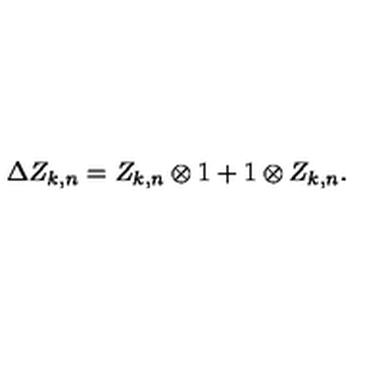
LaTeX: \Delta Z _ { k , n } = Z _ { k , n } \otimes 1 + 1 \otimes Z _ { k , n } .